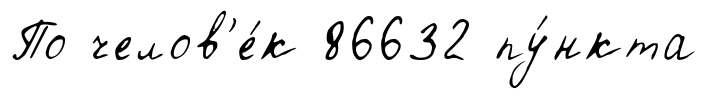
По челов'е́к 86632 пу́нкта